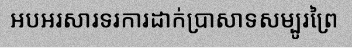
អបអរសារទរការដាក់ប្រាសាទសម្បូរព្រៃ